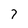
Character: 7